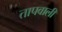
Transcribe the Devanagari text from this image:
तापवाली